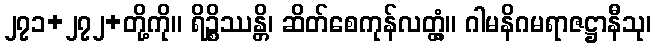
၂၇၁+၂၇၂+တို့ကို။ ရိဉ္စိဿန္တိ၊ ဆိတ်စေကုန်လတ္တံ့။ ဂါမနိဂမရာဇဋ္ဌာနီသု၊